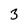
Character: 3